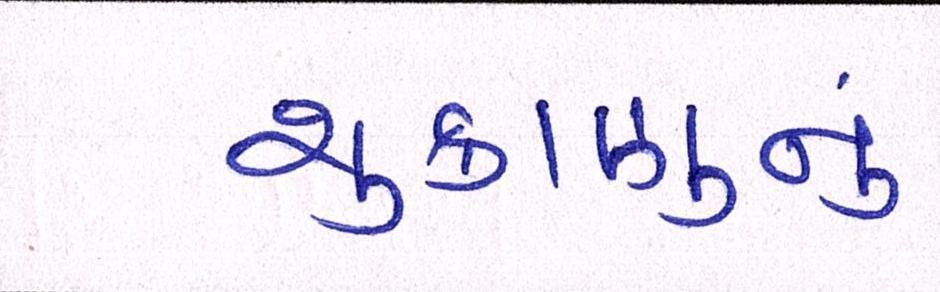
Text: શુક્રાણુનું